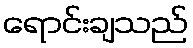
ရောင်းချသည်